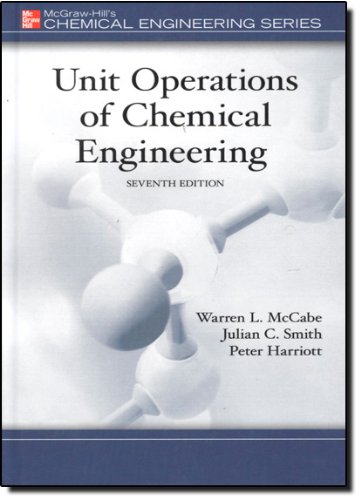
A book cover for Unit Operations of Chemical Engineering (7th edition)(McGraw Hill Chemical Engineering Series); Warren McCabe; Engineering & Transportation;